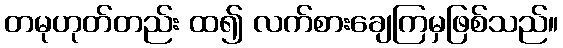
တမုဟုတ်တည်း ထ၍ လက်စားချေကြမှဖြစ်သည်။